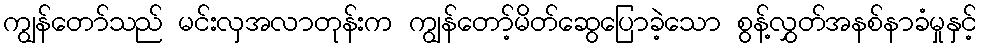
ကျွန်တော်သည် မင်းလှအလာတုန်းက ကျွန်တော့်မိတ်ဆွေပြောခဲ့သော စွန့်လွှတ်အနစ်နာခံမှုနှင့်